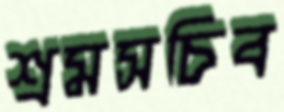
শ্রমসচিব